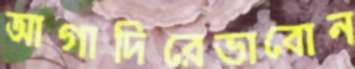
আগাদিরেভাবোন